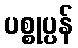
ပစ္စုပ္ပန်